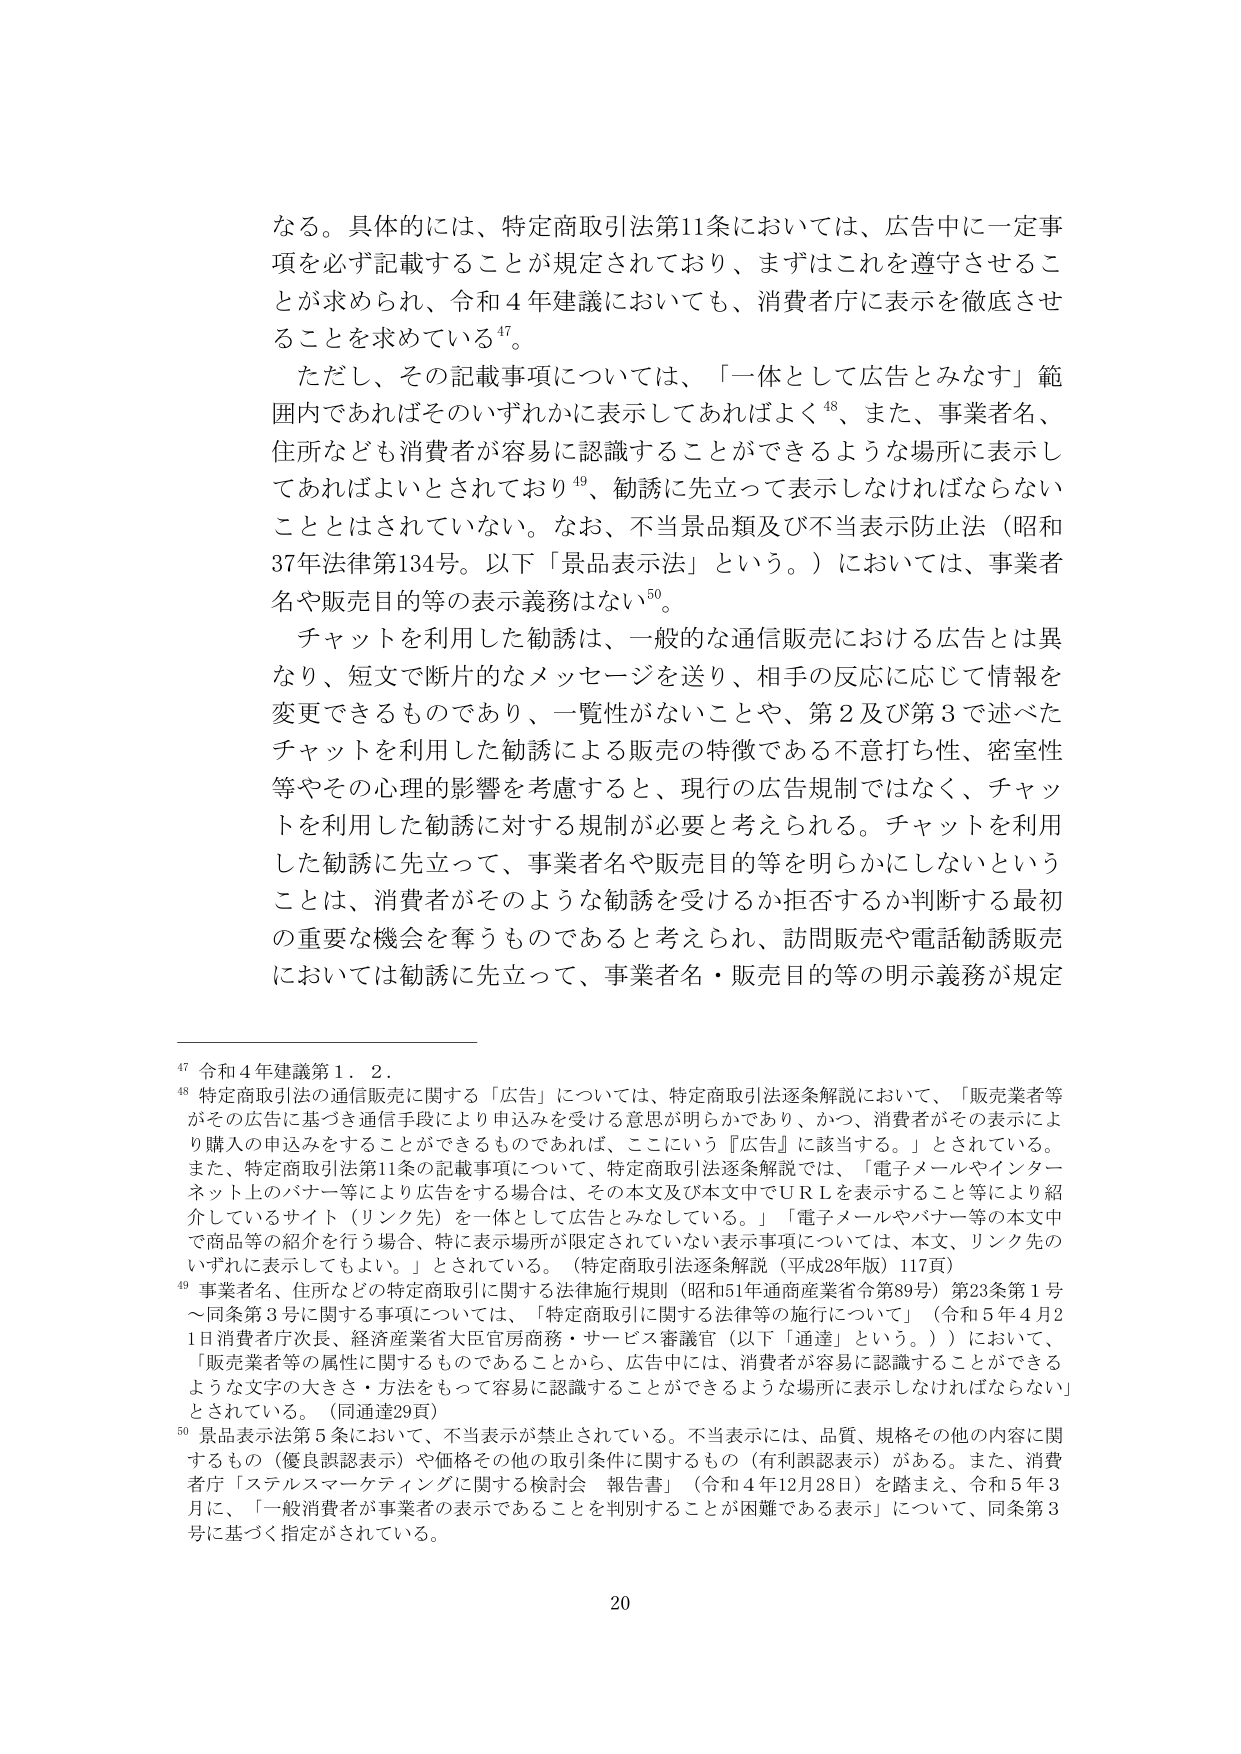
なる。具体的には、特定商取引法第11条においては、広告中に一定事項を必ず記載することが規定されており、まずはこれを遵守させることが求められ、令和4年建議においても、消費者庁に表示を徹底させることを求めている⁴⁷。

ただし、その記載事項については、「一体として広告とみなす」範囲内であればそのいずれかに表示してあればよく⁴⁸、また、事業者名、住所なども消費者が容易に認識することができるような場所に表示してあればよいとされており⁴⁹、勧誘に先立って表示しなければならないこととはされていない。なお、不当景品類及び不当表示防止法（昭和37年法律第134号。以下「景品表示法」という。）においては、事業者名や販売目的等の表示義務はない⁵⁰。

チャットを利用した勧誘は、一般的な通信販売における広告とは異なり、短文で断片的なメッセージを送り、相手の反応に応じて情報を変更できるものであり、一覧性がないことや、第2及び第3で述べたチャットを利用した勧誘による販売の特徴である不意打ち性、密室性等やその心理的影響を考慮すると、現行の広告規制ではなく、チャットを利用した勧誘に対する規制が必要と考えられる。チャットを利用した勧誘に先立って、事業者名や販売目的等を明らかにしないということは、消費者がそのような勧誘を受けるか拒否するか判断する最初の重要な機会を奪うものであると考えられ、訪問販売や電話勧誘販売においては勧誘に先立って、事業者名・販売目的等の明示義務が規定

⁴⁷ 令和4年建議第1．2．

⁴⁸ 特定商取引法の通信販売に関する「広告」については、特定商取引法逐条解説において、「販売業者等がその広告に基づき通信手段により申込みを受ける意思が明らかであり、かつ、消費者がその表示により購入の申込みをすることができるものであれば、ここにいう『広告』に該当する。」とされている。また、特定商取引法第11条の記載事項について、特定商取引法逐条解説では、「電子メールやインターネット上のバナー等により広告をする場合は、その本文及び本文中でＵＲＬを表示すること等により紹介しているサイト（リンク先）を一体として広告とみなしている。」「電子メールやバナー等の本文中で商品等の紹介を行う場合、特に表示場所が限定されていない表示事項については、本文、リンク先のいずれに表示してもよい。」とされている。（特定商取引法逐条解説（平成28年版）117頁）

⁴⁹ 事業者名、住所などの特定商取引に関する法律施行規則（昭和51年通商産業省令第89号）第23条第1号～同条第3号に関する事項については、「特定商取引に関する法律等の施行について」（令和5年4月21日消費者庁次長、経済産業省大臣官房商務・サービス審議官（以下「通達」という。））において、「販売業者等の属性に関するものであることから、広告中には、消費者が容易に認識することができるような文字の大きさ・方法をもって容易に認識することができるような場所に表示しなければならない」とされている。（同通達29頁）

⁵⁰ 景品表示法第5条において、不当表示が禁止されている。不当表示には、品質、規格その他の内容に関するもの（優良誤認表示）や価格その他の取引条件に関するもの（有利誤認表示）がある。また、消費者庁「ステルスマーケティングに関する検討会 報告書」（令和4年12月28日）を踏まえ、令和5年3月に、「一般消費者が事業者の表示であることを判別することが困難である表示」について、同条第3号に基づく指定がされている。

20